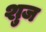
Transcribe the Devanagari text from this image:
शुज